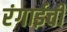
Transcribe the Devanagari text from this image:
रंगाईची